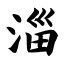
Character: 淄